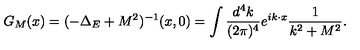
G _ { M } ( x ) = ( - \Delta _ { E } + M ^ { 2 } ) ^ { - 1 } ( x , 0 ) = \int { \frac { d ^ { 4 } k } { ( 2 \pi ) ^ { 4 } } } e ^ { i k \cdot x } { \frac { 1 } { k ^ { 2 } + M ^ { 2 } } } .